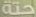
حتة